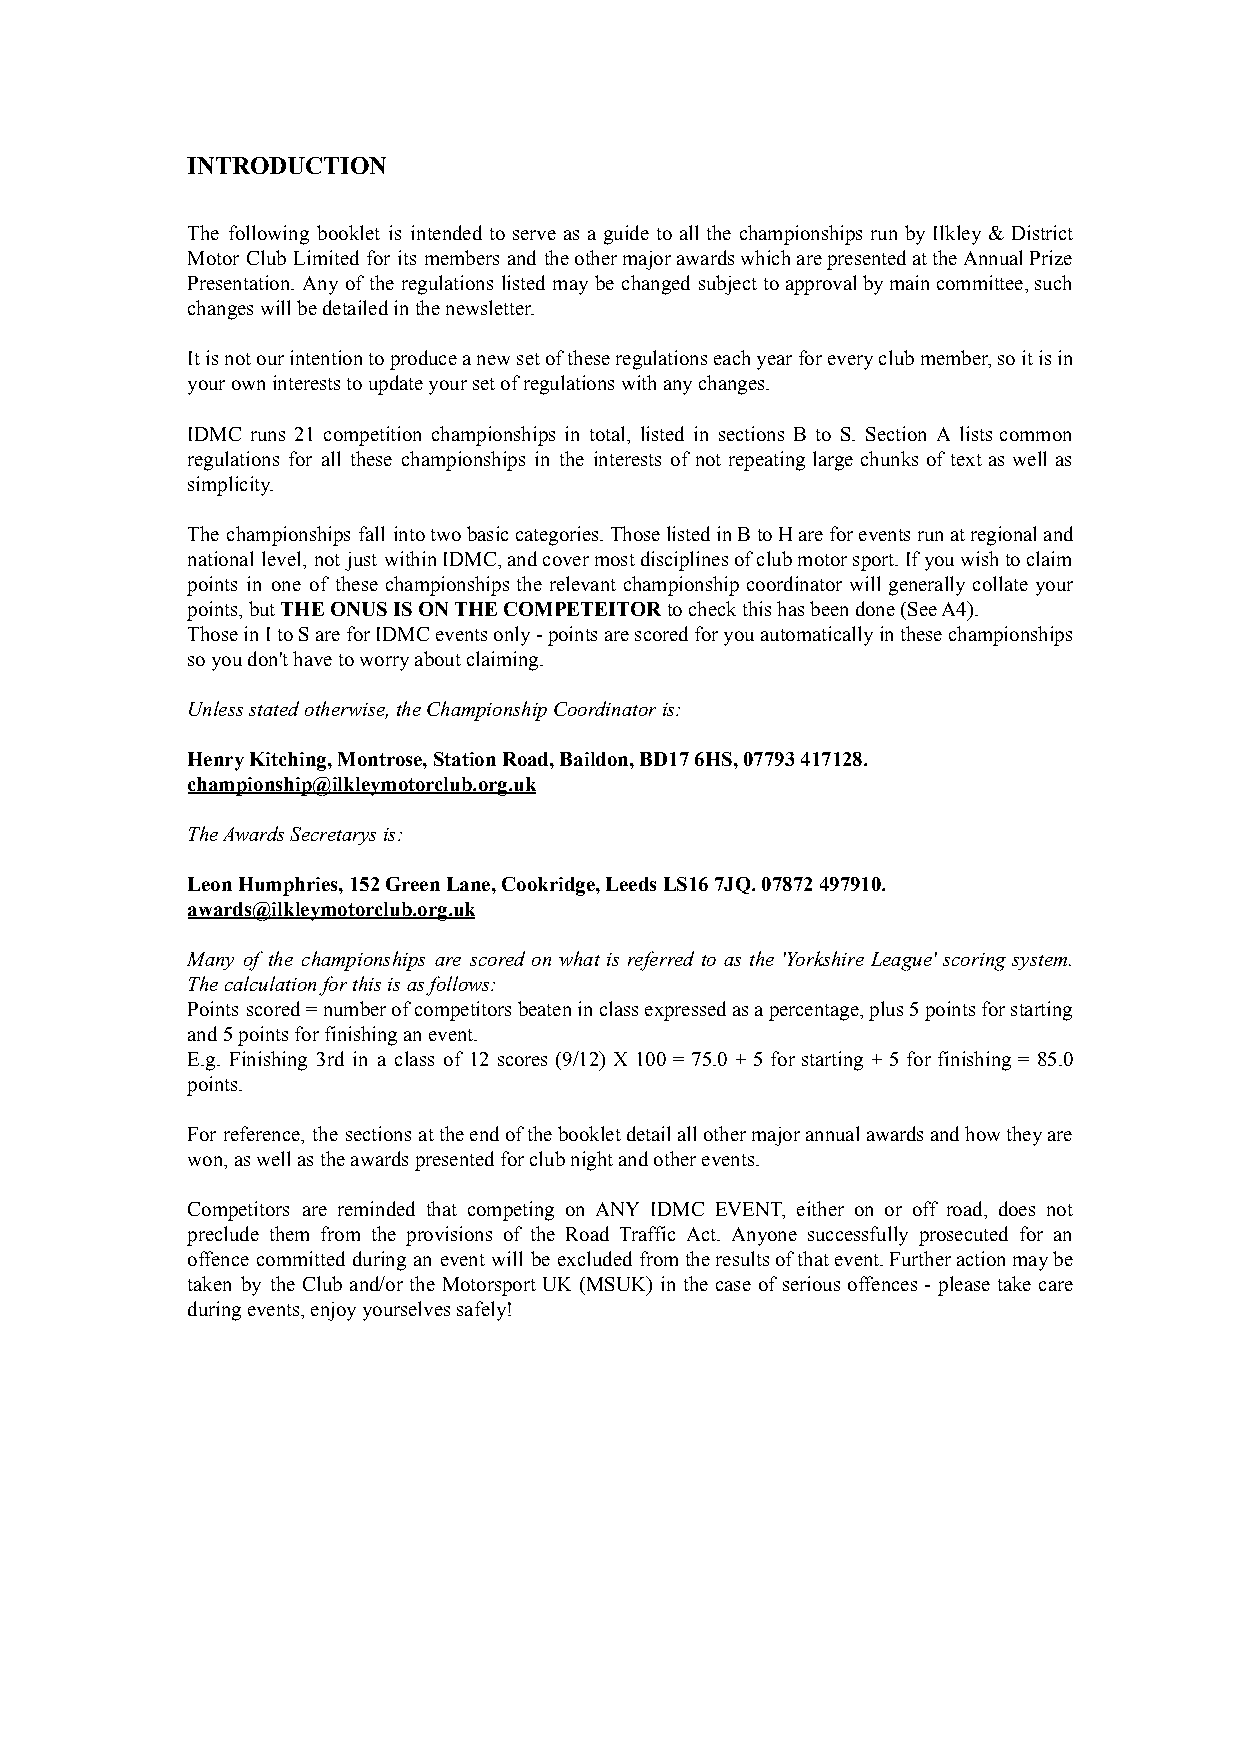
INTRODUCTION
 The following booklet is intended to serve as a guide to all the championships run by Ilkley & District
 Motor Club Limited for its members and theothermajorawardswhicharepresentedattheAnnualPrize
 Presentation. Any of the regulations listed may be changed subject toapprovalbymaincommittee,such
 changes will be detailed in the newsletter.
 Itisnotourintentiontoproduceanewsetoftheseregulationseachyearforeveryclubmember,soitisin
 your own interests to update your set of regulations with any changes.
 IDMC runs 21 competition championships in total, listed in sections B to S. Section A lists common
 regulations for all these championships in the interests of not repeating large chunks of text as well as
 simplicity.
 The championships fall intotwobasiccategories.ThoselistedinBtoHareforeventsrunatregionaland
 national level, not just withinIDMC,andcovermostdisciplinesofclubmotorsport.Ifyouwishtoclaim
 points in one of these championships the relevant championship coordinator will generally collate your
 points, butTHE ONUS IS ON THE COMPETEITORto checkthis has been done (See A4).
 ThoseinItoSareforIDMCeventsonly-pointsarescoredforyouautomaticallyinthesechampionships
 so you don't have to worry about claiming.
 Unless stated otherwise, the Championship Coordinator is:
 Henry Kitching, Montrose, Station Road, Baildon, BD17 6HS, 07793 417128.
 championship@ilkleymotorclub.org.uk
 The Awards Secretarys is:
 Leon Humphries, 152 Green Lane, Cookridge, Leeds LS16 7JQ. 07872 497910.
 awards@ilkleymotorclub.org.uk
 Many of the championships are scored on what is referred to as the 'Yorkshire League' scoring system.
 The calculation for this is as follows:
 Points scored=numberofcompetitorsbeateninclassexpressedasapercentage,plus5pointsforstarting
 and 5 points for finishing an event.
 E.g. Finishing 3rd in a class of 12 scores (9/12) X 100 = 75.0 + 5 for starting + 5 for finishing = 85.0
 points.
 For reference, the sections attheendofthebookletdetailallothermajorannualawardsandhowtheyare
 won, as well as the awards presented for club night and other events.
 Competitors are reminded that competing on ANY IDMC EVENT, either on or off road, does not
 preclude them from the provisions of the Road Traffic Act. Anyone successfully prosecuted for an
 offence committed during an event will be excluded fromtheresultsofthatevent.Furtheractionmaybe
 taken by the Club and/or the Motorsport UK (MSUK) in the case of serious offences - please take care
 during events, enjoy yourselves safely!